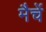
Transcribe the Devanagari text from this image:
मैचें